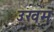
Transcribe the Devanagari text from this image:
उखम